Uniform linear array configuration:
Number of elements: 16
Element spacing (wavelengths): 0.5
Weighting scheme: exponential
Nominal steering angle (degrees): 30
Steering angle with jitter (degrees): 28.714
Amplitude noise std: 0.05
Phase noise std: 0.05

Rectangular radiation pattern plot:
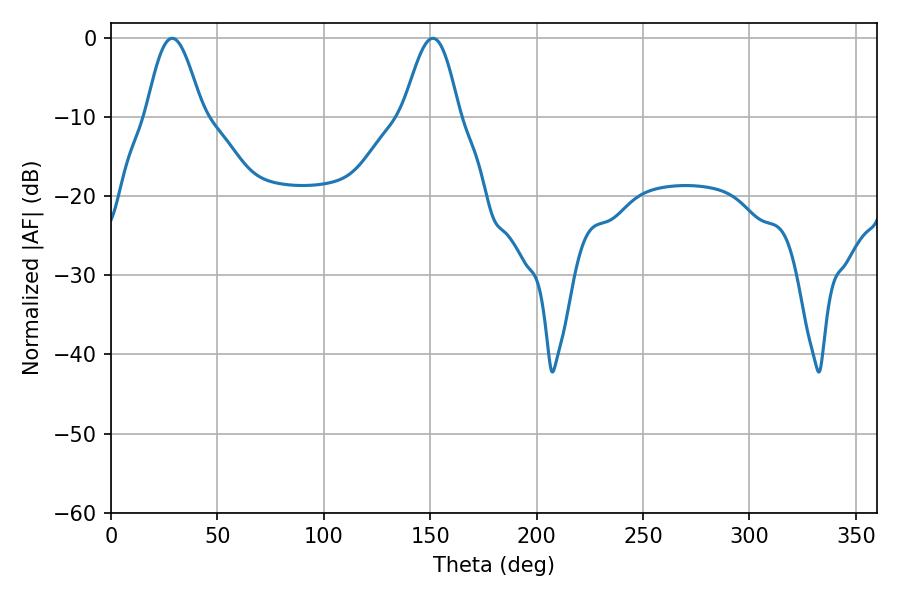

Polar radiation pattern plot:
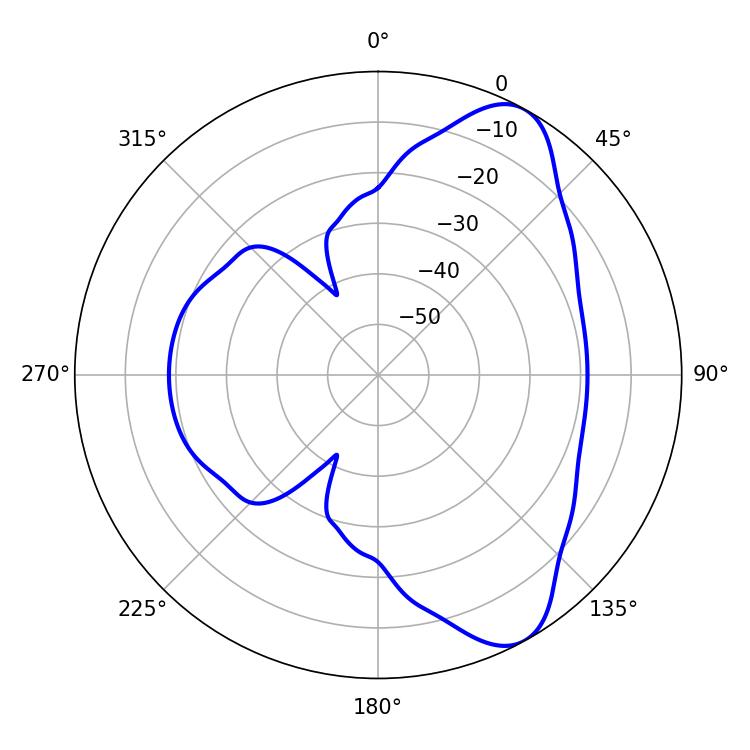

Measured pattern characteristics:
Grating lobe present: FALSE
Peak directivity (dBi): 8.28
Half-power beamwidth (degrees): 14.22
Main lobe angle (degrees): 28.8